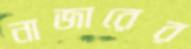
নাজারের